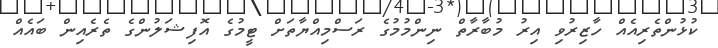
ކުޅުންތެރިއެއް ހާޒިރުވި އިރު މުބާރާތް ނިންމުމުގެ ރަސްމިއްޔާތަށް ޓީމުގެ އޮފިޝަލުންގެ ތެރެއިން ބައެއް